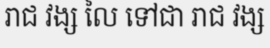
រាជ វង្ស លៃ ទៅជា រាជ វង្ស